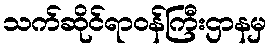
သက်ဆိုင်ရာဝန်ကြီးဌာနမှ